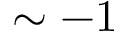
\sim - 1